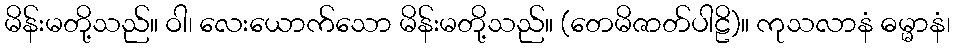
မိန်းမတို့သည်။ ဝါ၊ လေးယောက်သော မိန်းမတို့သည်။ (တေမိဇာတ်ပါဠိ)။ ကုသလာနံ ဓမ္မာနံ၊